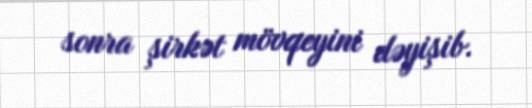
sonra şirkət mövqeyini dəyişib.